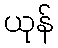
ယုန်